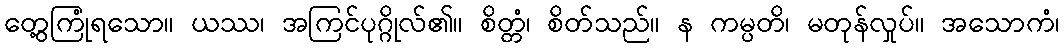
တွေ့ကြုံရသော။ ယဿ၊ အကြင်ပုဂ္ဂိုလ်၏။ စိတ္တံ၊ စိတ်သည်။ န ကမ္ပတိ၊ မတုန်လှုပ်။ အသောကံ၊